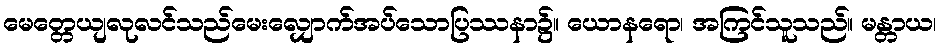
မေတ္တေယျလုလင်သည်မေးလျှောက်အပ်သောပြဿနာ၌။ ယောနရော၊ အကြင်သူသည်။ မန္တာယ၊